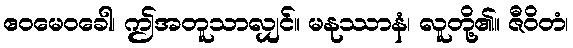
ဧဝမေဝခေါ၊ ဤအတူသာလျှင်။ မနုဿာနံ၊ လူတို့၏။ ဇီဝိတံ၊